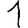
Digit: 1